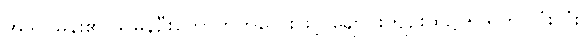
အဒူလမန်း၏ သမွန်ဦးကောက်ကလေးဖြင့် ချောင်းကျဉ်းထဲ၌ ၅ ရက် လုံးလုံး